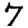
Digit: 7